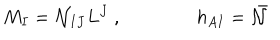
M _ { I } = { \cal { N } } _ { I J } L ^ { J } \ , \qquad \qquad h _ { A I } = { \bar { { \cal { N } } } }